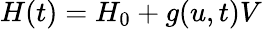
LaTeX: H(t)=H_{0}+g(u,t)V